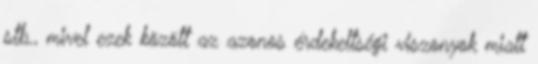
stb., mivel ezek között az azonos érdekeltségi viszonyok miatt